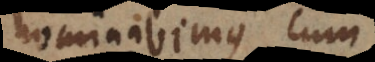
nominabimus, cum